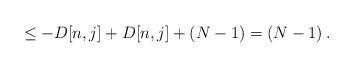
LaTeX: \begin{align*} \leq -D[n,j] + D[n,j] + \left(N-1\right) = \left(N-1\right) .\end{align*}